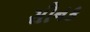
સૌનક